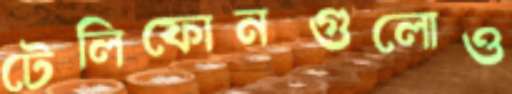
টেলিফোনগুলোও